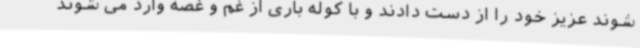
شوند عزیز خود را از دست دادند و با کوله باری از غم و غصه وارد می شوند